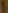
1